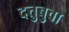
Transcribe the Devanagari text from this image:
दत्तुबुवा